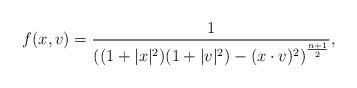
LaTeX: \begin{align*}f(x,v)=\frac{1}{\left((1+|x|^2)(1+|v|^2)-(x\cdot v)^2\right)^{\frac{n+1}{2}}},\end{align*}